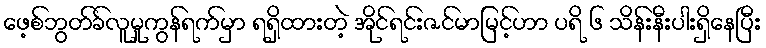
ဖေ့စ်ဘွတ်ခ်လူမှုကွန်ရက်မှာ ရရှိထားတဲ့ အိုင်ရင်းဇင်မာမြင့်ဟာ ပရိ ၆ သိန်းနီးပါးရှိနေပြီး